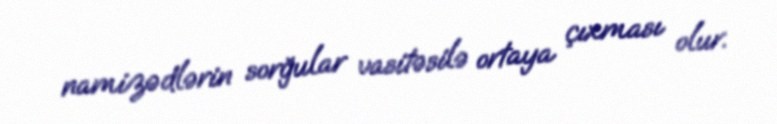
namizədlərin sorğular vasitəsilə ortaya çıxması olur.